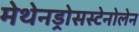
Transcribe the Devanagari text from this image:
मेथेनड्रोसस्टेनोलेन